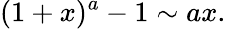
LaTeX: (1+x)^{a}-1\sim ax.